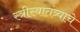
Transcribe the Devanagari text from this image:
स्त्रीस्वातंत्र्याचे